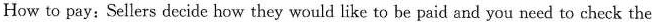
How to pay：Sellers decide how they would like to be paid and you need to check the